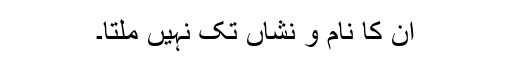
ان کا نام و نشاں تک نہیں ملتا۔